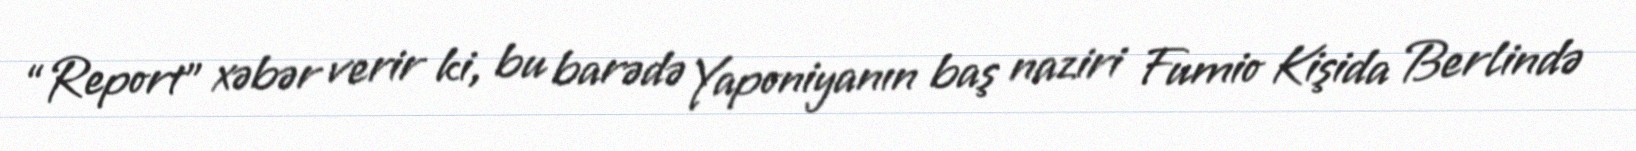
“Report” xəbər verir ki, bu barədə Yaponiyanın baş naziri Fumio Kişida Berlində